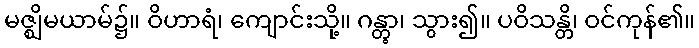
မဇ္ဈိမယာမ်၌။ ဝိဟာရံ၊ ကျောင်းသို့။ ဂန္တွာ၊ သွား၍။ ပဝိသန္တိ၊ ဝင်ကုန်၏။